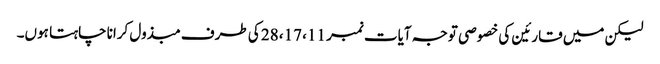
لیکن میں قارئین کی خصوصی توجہ آیات نمبر 11، 17، 28 کی طرف مبذول کرانا چاہتا ہوں۔